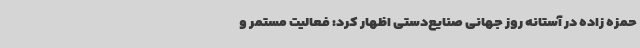
حمزه زاده در آستانه روز جهانی صنایع‌دستی اظهار کرد: فعالیت مستمر و